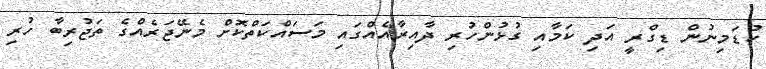
ކުޑަމިނުން ޑިގްރީ އަދި ކަމާއި ގުޅުންހުރި ދާއިރާއެއްގައި މަސައްކަތްކޮށް މެނޭޖަރެއްގެ ތަޖުރިބާ ހުރި